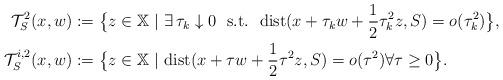
LaTeX: \begin{align*} \mathcal{T}^{2}_{S}(x,w) &:=\big\{z\in\mathbb{X}\ |\ \exists\, \tau_k\downarrow 0\ \ {\rm s.t.}\ \ {\rm dist}(x+\tau_kw+\frac{1}{2}\tau_k^2 z,S)=o(\tau_k^2)\big\},\\ \mathcal{T}^{i,2}_{S}(x,w) &:=\big\{z\in\mathbb{X}\ |\ {\rm dist}(x+\tau w+\frac{1}{2}\tau^2 z,S)=o(\tau^2) \forall\tau\ge 0\big\}. \end{align*}